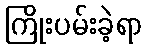
ကြိုးပမ်းခဲ့ရာ